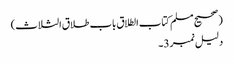
(صحیح مسلم کتاب الطلاق باب طلاق الثلاث)
دلیل نمبر 3۔